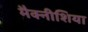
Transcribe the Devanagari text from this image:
मैक्नीशिया